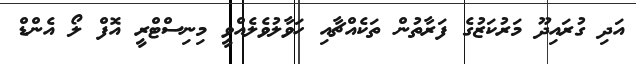
އަދި ގުރައިދޫ މަރުކަޒުގެ ފަރާތުން ތަކެއްޗާއި ހަވާލުވެލެއްވީ މިނިސްޓްރީ އޮފް ލޯ އެންޑް